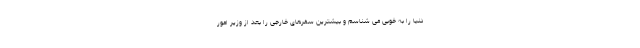
دنیا را به خوبی می شناسم و بیشترین سفرهای خارجی را بعد از وزیر امور